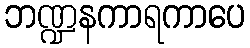
ဘဏ္ဍနကာရကာပေ